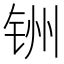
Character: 𫟻